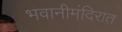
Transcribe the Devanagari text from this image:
भवानीमंदिरात